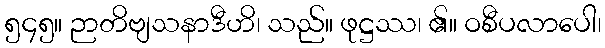
၅၄၅။ ဉာတိဗျသနာဒီဟိ၊ သည်။ ဖုဋ္ဌဿ၊ ၏။ ဝစီပလာပေါ၊